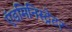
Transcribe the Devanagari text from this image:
ऍडमिनिस्ट्रेटर